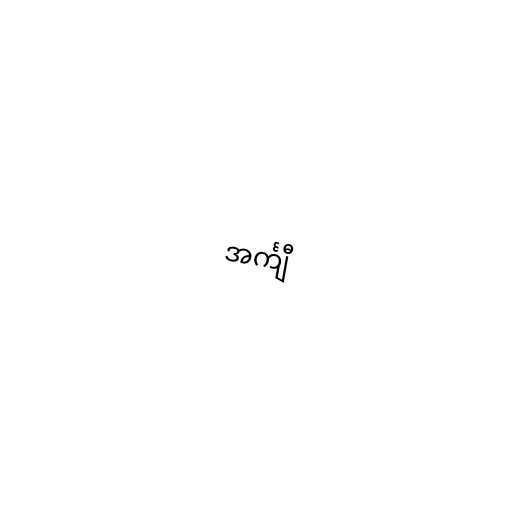
အင်္ကျီ